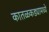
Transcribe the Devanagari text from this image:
कातळकड्यामध्ये